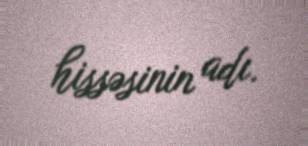
hissəsinin adı.